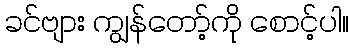
ခင်ဗျား ကျွန်တော့်ကို စောင့်ပါ။